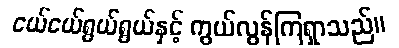
ငယ်ငယ်ရွယ်ရွယ်နှင့် ကွယ်လွန်ကြရှာသည်။